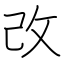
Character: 改